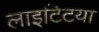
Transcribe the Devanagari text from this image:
लाइटिटया